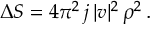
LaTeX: \Delta S = 4 \pi ^ { 2 } \, j \, | v | ^ { 2 } \, \rho ^ { 2 } \, .